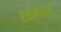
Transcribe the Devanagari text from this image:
रक्तस्रावाचे